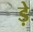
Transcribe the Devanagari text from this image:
ड़े